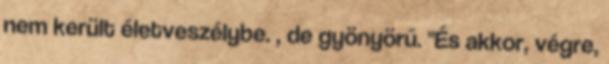
nem került életveszélybe. , de gyönyörű. "És akkor, végre,